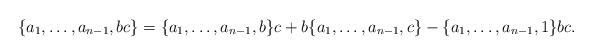
LaTeX: \begin{align*}\{a_1,\dots, a_{n-1},bc\}=\{a_1, \dots, a_{n-1},b\}c+b\{a_1,\dots,a_{n-1},c\}-\{a_1, \dots, a_{n-1},1\}bc.\end{align*}